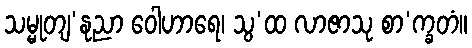
သမ္မုတျ’နုညာ ဝေါဟာရေ၊ သွ’ထ လာဇာသု စာ’က္ခတံ။